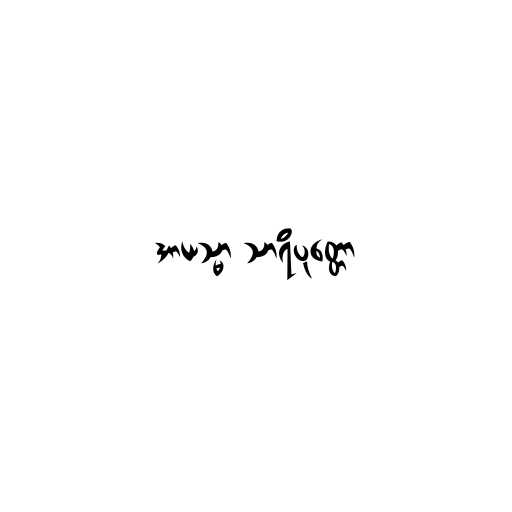
အာယသ္မာ သာရိပုတ္တော